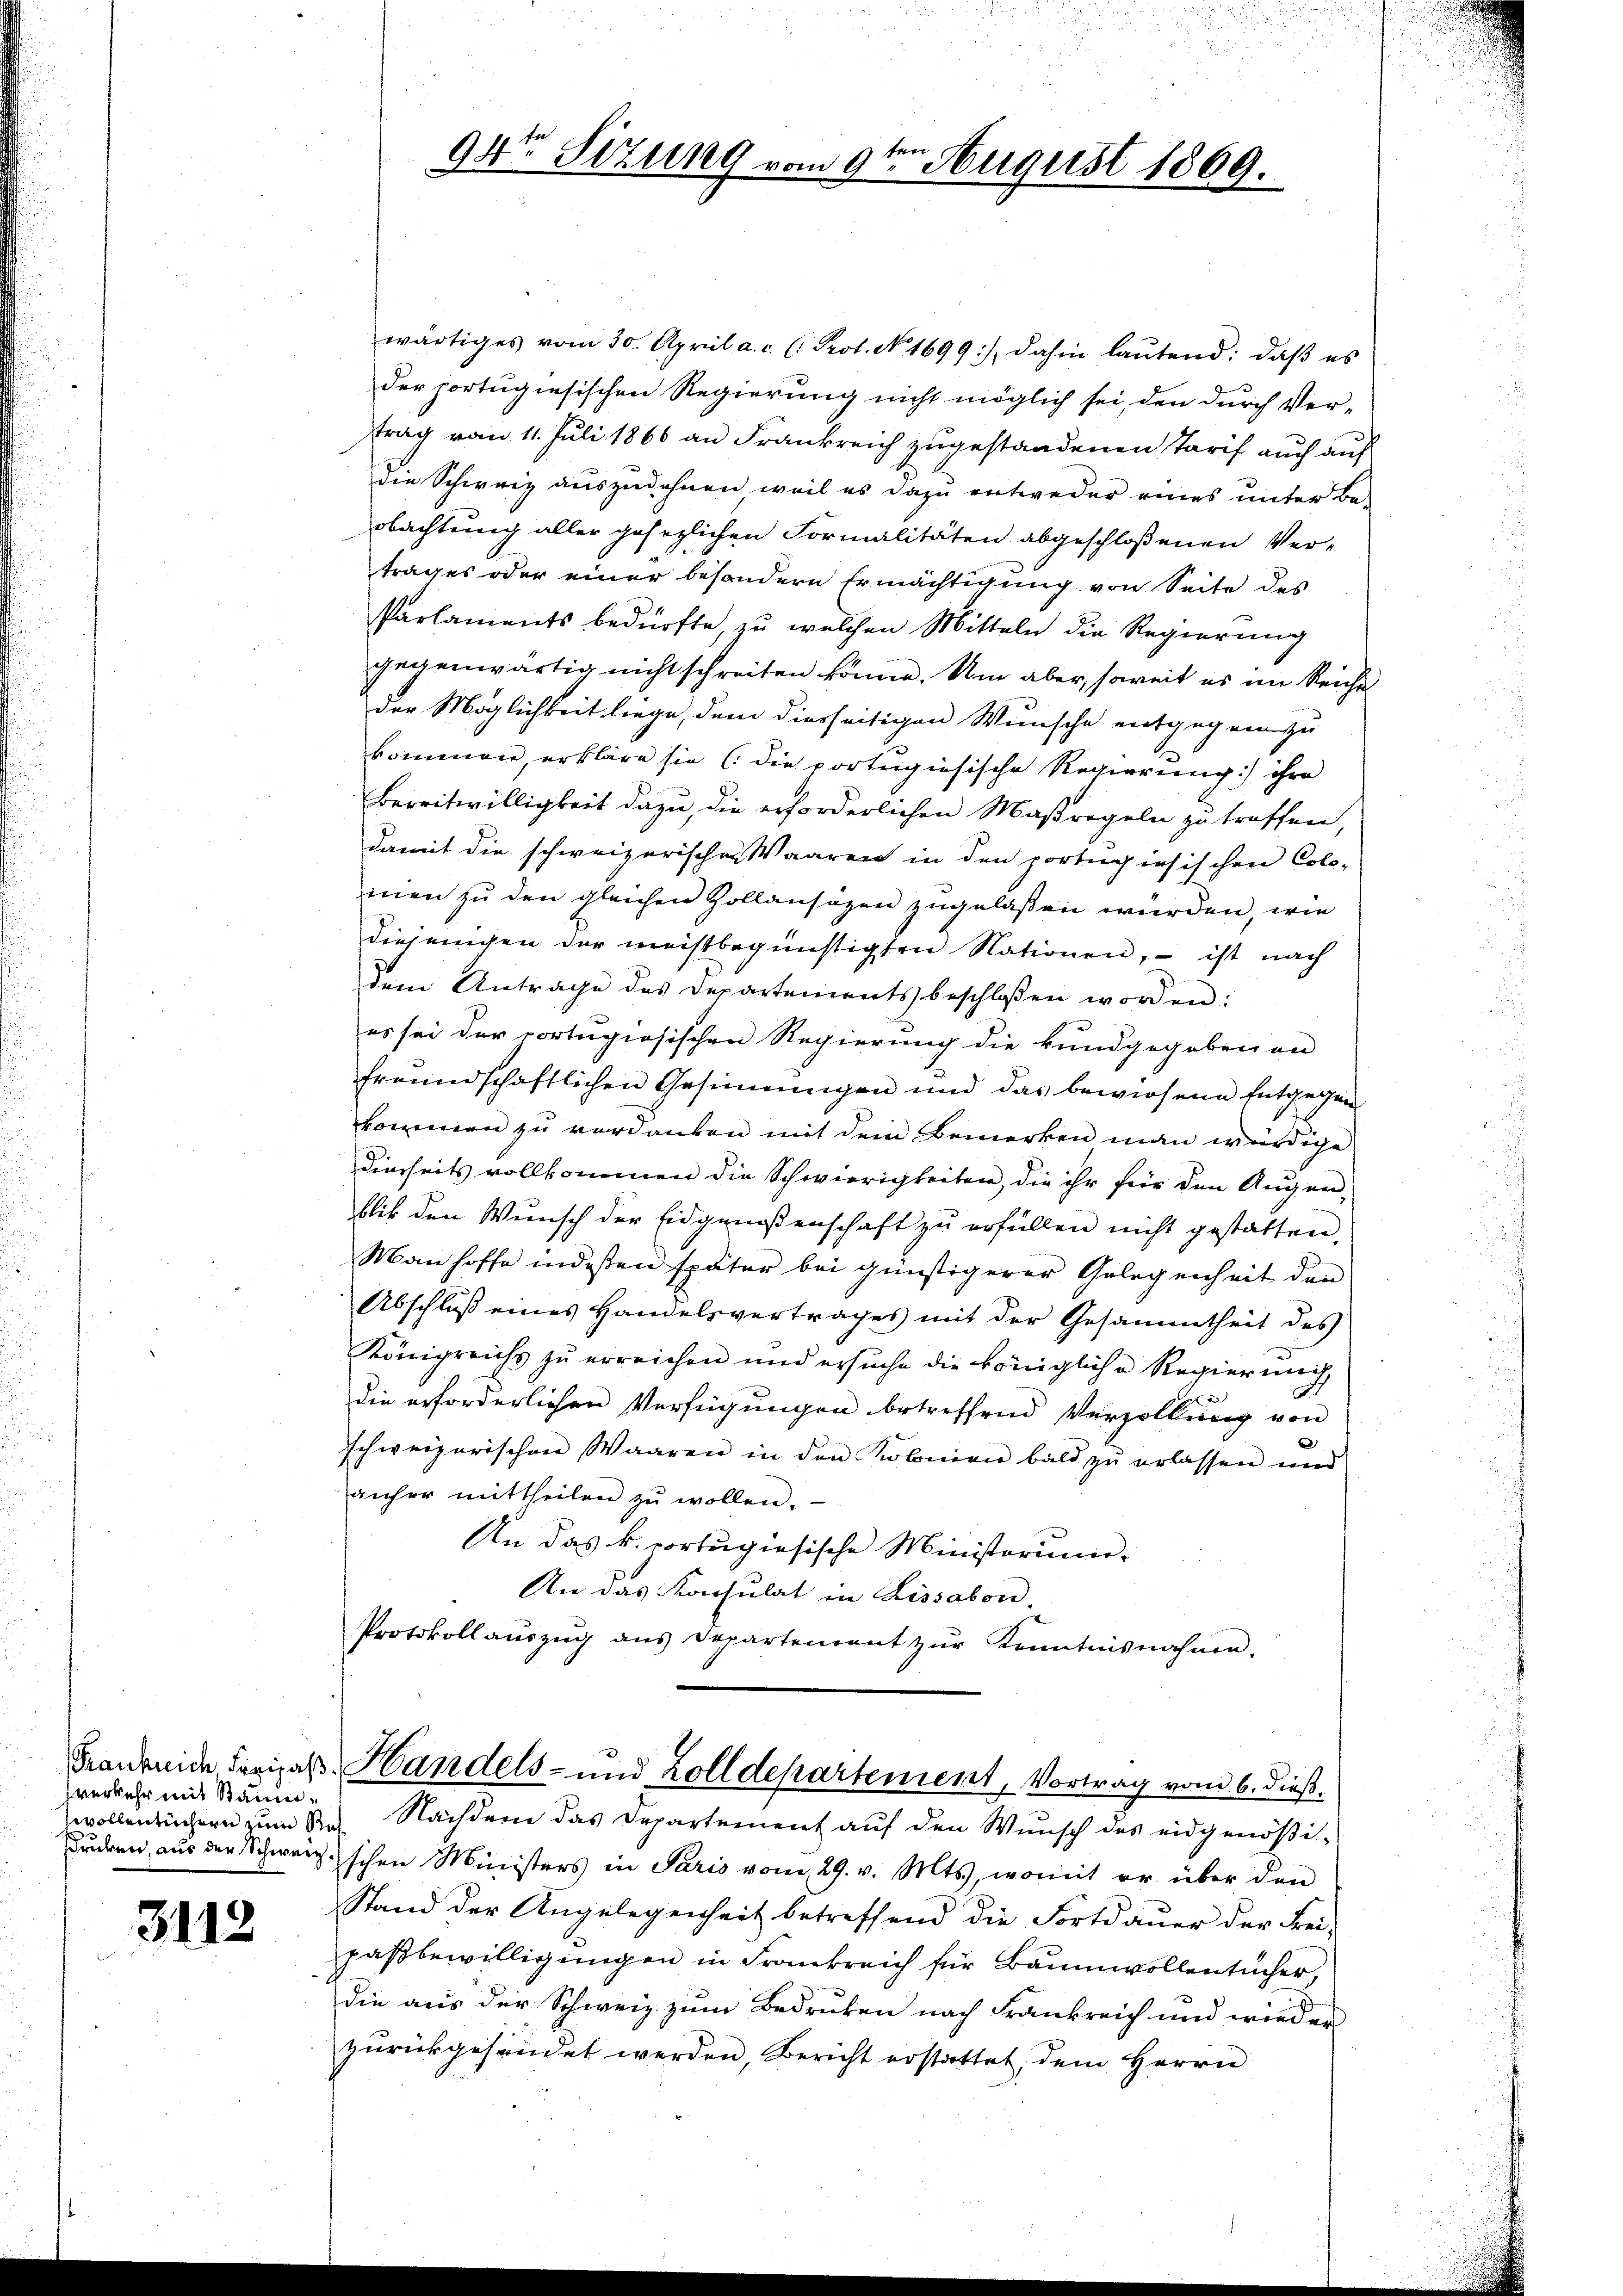
verkehr mit Baum¬

3112

wärtiges vom 30. April a. c. (: Prot. No. 1699) dahin laŭtend: daß es
der portugiesischen Regierung nicht möglich sei, den durch Ver-
trag vom 11. Juli 1866 an Frankreich zugestandenen Tarif auch auf
die Schweiz auszudehnen, weil es dazu entweder eines unter Be-
obachtung aller gesezlichen Formalitäten abgeschloßenen Ver-
trages oder einer besondern Ermächtigung von Seite des
Parlaments bedürfte, zu welchen Mitteln die Regierung
gegenwärtig nicht schreiten könne. Um aber, soweit es im Reiche
der Möglichkeit liege, dem diesseitigen Wunsche entgegen zu
kommen, erkläre sie (die portugisische Regierung) ihre
Bereitwilligkeit dazu, die erforderlichen Maßregeln zu treffen,
damit die schweizerischen Waaren in den portugisischen Colo-
inen zu den gleichen Zollansözen zugelassen würden, wie
diejenigen der meistbegünstigten Nationen, – ist nach
dem Antrage des Departements beschloßen worden:
es sei der portigiosischen Regierung die kundgegebenen
freundschaftlichen Gesinnungen und das bewiesene Entgegen-
kommen zu verdanken mit dem Bemerken man würdige
dierseits vollkommen die Schwierigkeiten, die ihr für den Augen,
blik den Wunsch der Eidgenoßenschaft zu erfüllen nicht gestatten.
Man hoffe indessen später bei günstigerer Gelegenheit den
Abschluß eines Handelsvertrages mit der Gesammtheit des
Königreichs zŭ erreichen und ersŭche die königliche Regiernach
die erforderlichen Verfügungen betreffend Verzöllung von
e
schweizerischen Waaren in den Kobnien bald zŭ erlassen und
anfer mittheilen zŭ wollen.
An das k. portugisische Ministorium
An das Konsulat in Lissabon.
Protokoll auszug aus Departement zŭr Kenntnisnahme.

ten
94te Sitzung vom 9. August 1869.

Frankende Savigaß. Handels- und Zolldepartement, Vortrag vom 6. dieß.

wollenbüchern zum de Nachdem das Departement auf den Wunsch des eidgenößidenden, aus der Schwerzschen Ministers in Paris vom 29. v. Mts., womit er über den
Stand der Angelegenheit betreffend die Fortdauer der Frei-
paßbewilligungen in Frankreich für Baumwollentücher,
die aus der Schweiz zum Bedruken nach Frankreich und wieder
zŭrückgesendet werden, Bericht erstattet, dem Herrn